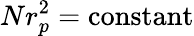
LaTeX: Nr_{p}^{2}=\mathrm{constant}